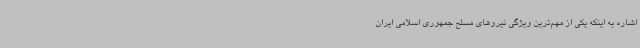
اشاره به اینکه یکی از مهم‌ترین ویژگی نیروهای مسلح جمهوری اسلامی ایران